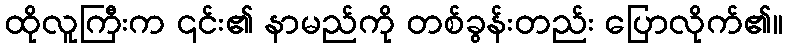
ထိုလူကြီးက ၎င်း၏ နာမည်ကို တစ်ခွန်းတည်း ပြောလိုက်၏။